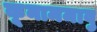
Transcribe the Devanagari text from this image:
कूनाममावु